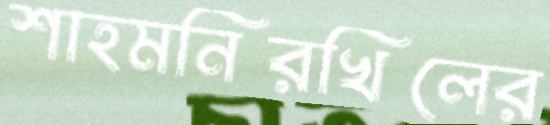
শাহমনিরখিলের